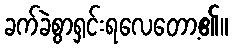
ခက်ခဲစွာရှင်းရလေတော့၏။